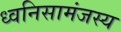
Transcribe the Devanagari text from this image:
ध्वनिसामंजस्य